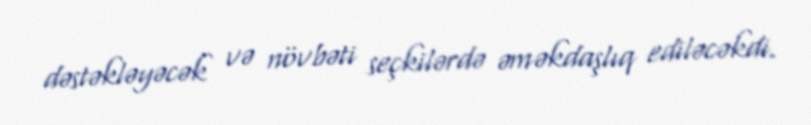
dəstəkləyəcək və növbəti seçkilərdə əməkdaşlıq ediləcəkdi.